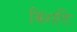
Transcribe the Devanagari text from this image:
विंशतिः